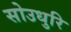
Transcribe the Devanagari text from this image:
सोउधुरि